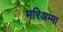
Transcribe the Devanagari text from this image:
मरिअम्मा